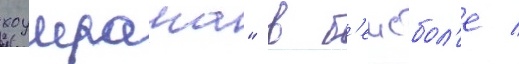
хоумрана" в б'еисбол'е /